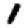
Digit: 1